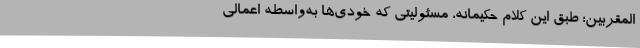
المقربین؛ طبق این کلام حکیمانه، مسئولیتی که خودی‌ها به‌واسطه اعمالی